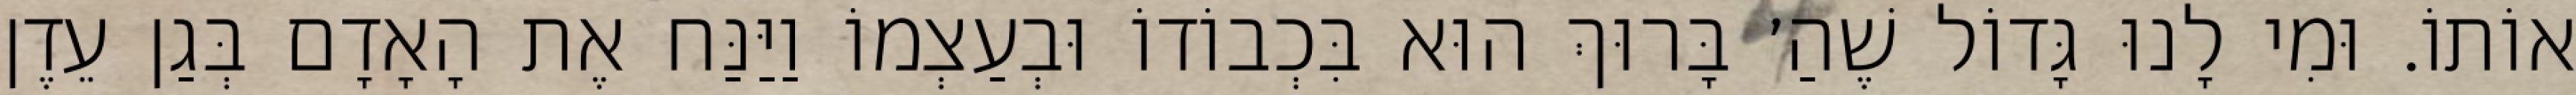
אוֹתוֹ. וּמִי לָנוּ גָּדוֹל שֶׁהַ׳ בָּרוּךְ הוּא בִּכְבוֹדוֹ וּבְעַצְמוֹ וַיַּנַּח אֶת הָאָדָם בְּגַן עֵדֶן